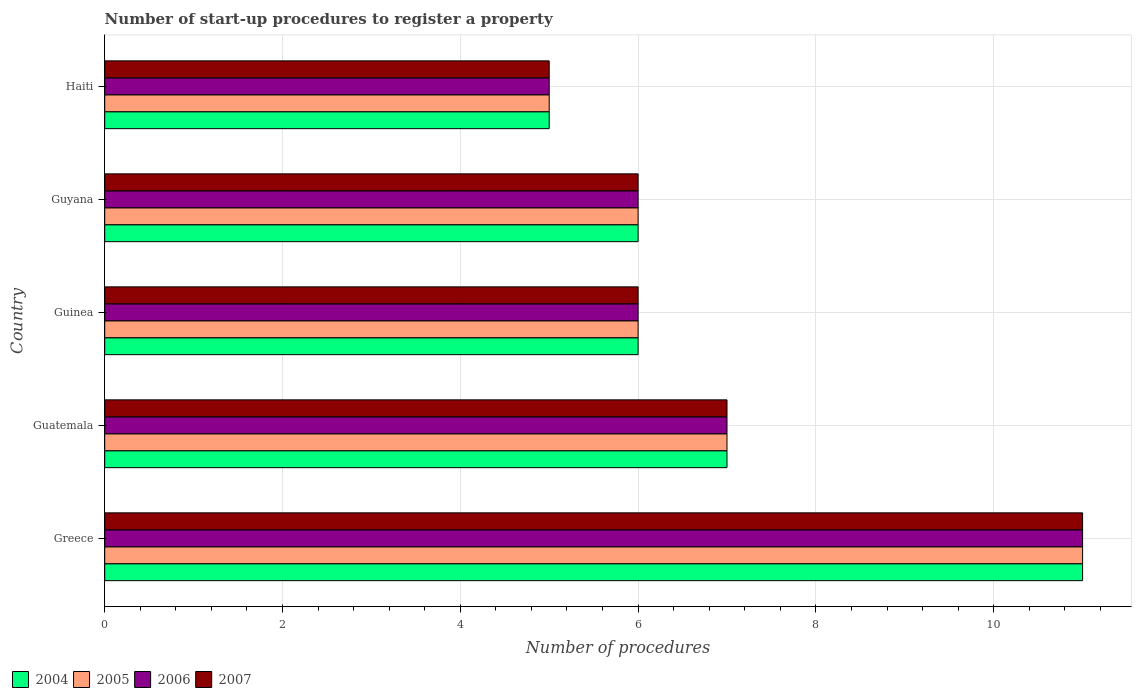
| Country | 2004 | 2005 | 2006 | 2007 |
 | --- | --- | --- | --- | --- |
 | Greece | 11 | 11 | 11 | 11 |
 | Guatemala | 7 | 7 | 7 | 7 |
 | Guinea | 6 | 6 | 6 | 6 |
 | Guyana | 6 | 6 | 6 | 6 |
 | Haiti | 5 | 5 | 5 | 5 |